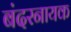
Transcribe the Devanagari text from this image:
बंदरनायक